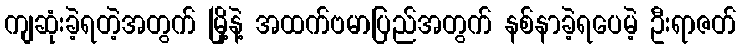
ကျဆုံးခဲ့ရတဲ့အတွက် မြို့နဲ့ အထက်ဗမာပြည်အတွက် နစ်နာခဲ့ရပေမဲ့ ဦးရာဇတ်